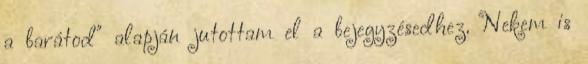
a barátod" alapján jutottam el a bejegyzésedhez. Nekem is